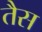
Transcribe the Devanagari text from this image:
तैस